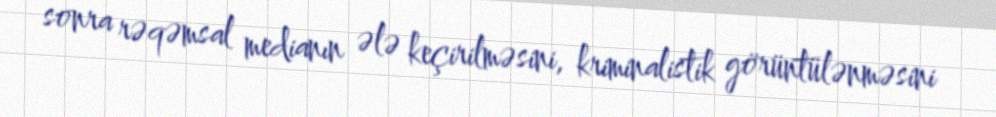
sonra rəqəmsal medianın ələ keçirilməsini, kriminalistik görüntülənməsini